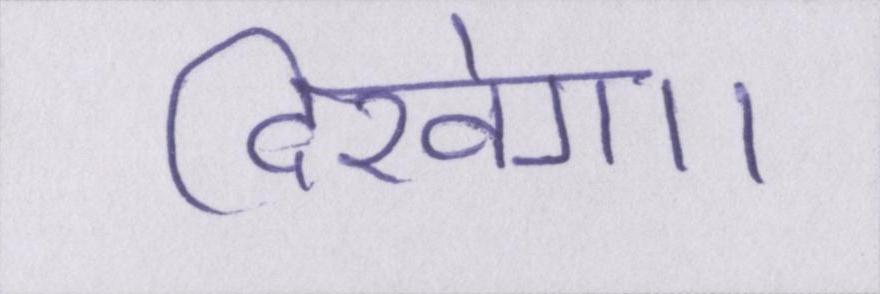
दिखेगा।